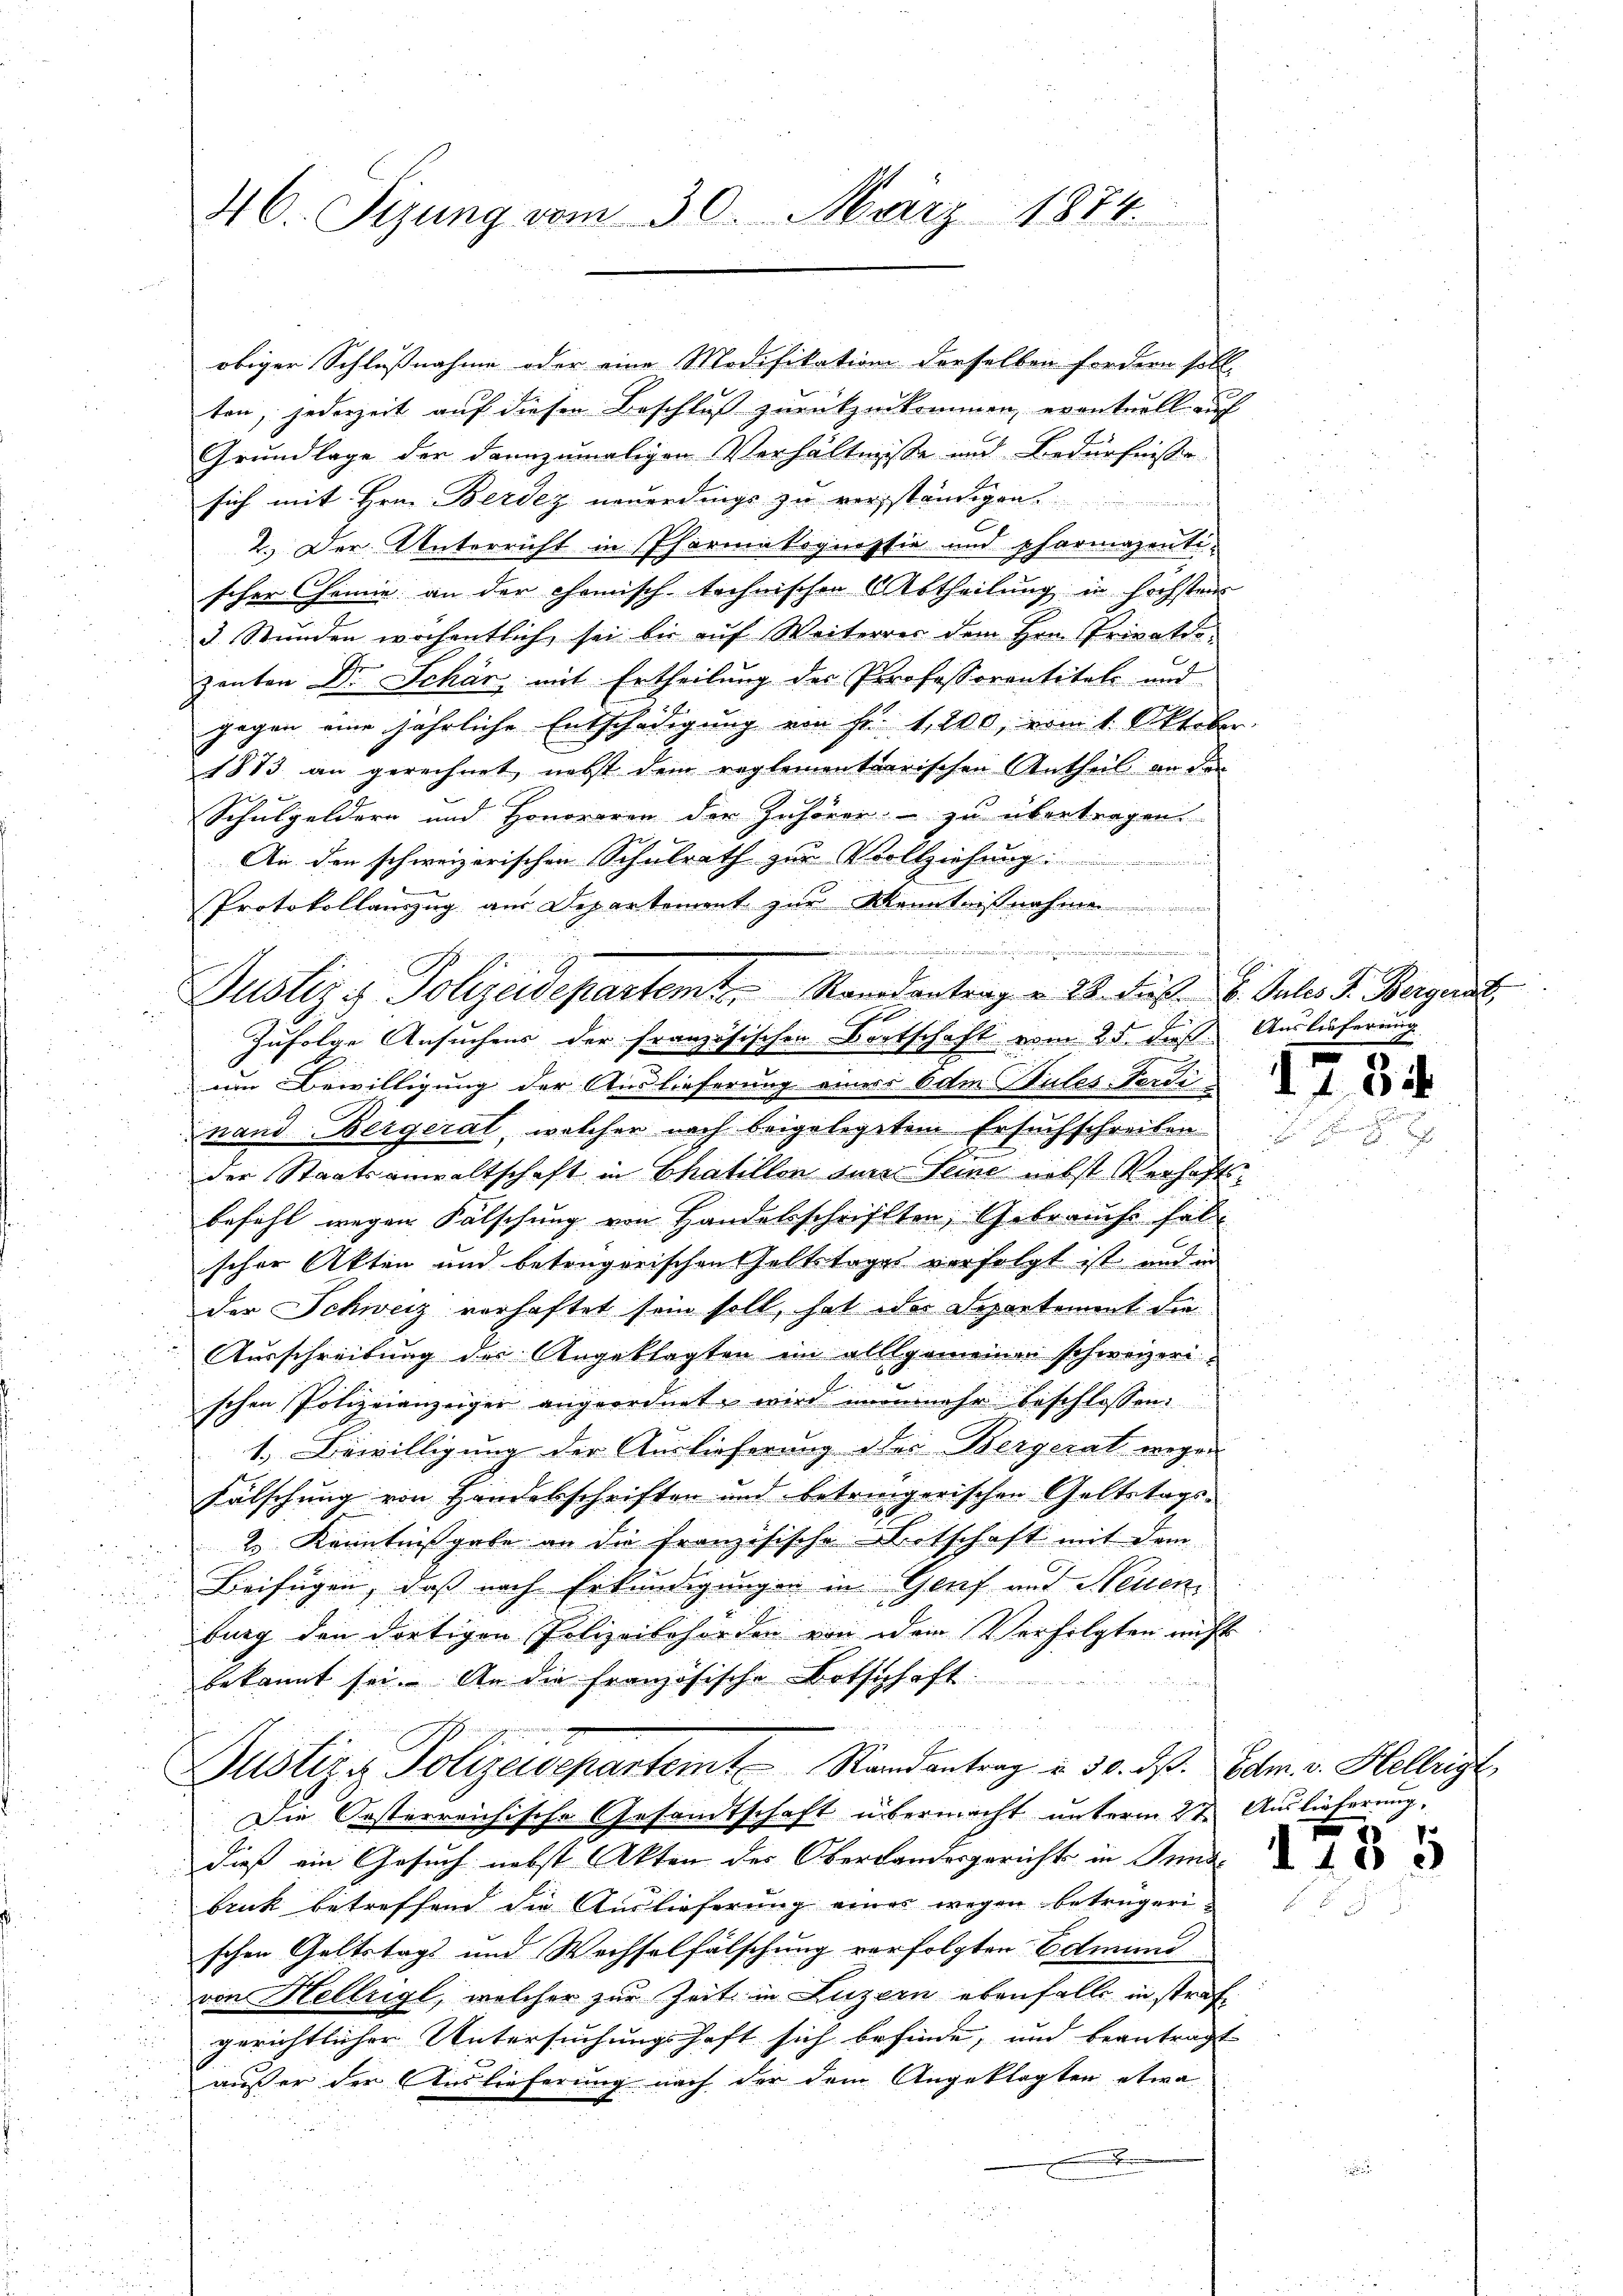
46. Sizung vom 30. März 1874.

obiger Schlußnahme oder eine Modifikation derselben fordern soll
ten, jederzeit auf diesen Beschluß zurückzukommen, eventuell auf
Grundlage der dannzumaligen Verhältnisse und Bedürfnissen
sich mit Hrn. Berdez neuerdings zu verständigen.
2. Der Unterricht in Pharmakognossia und pharmazenti-
scher Chemie an der chemisch-technischen Abtheilung in höchsten
3 Stunden wochentlich sei bis auf Weiterrer dem Hrn. Privatio
zenten Dr. Schär, mit Ertheilung des Professorentitel und
gegen eine jährliche Entschädigung von Fr. 1, 200, vom 1. Oktober
1873 an gerechnet, nebst dem reglementarischen Antheil an den
Schulgeldern und Honoraren der Zuhörer zu übertragen.
An den schweizerischen Schulrath zur Vollziehung:
Protokollauszug aus Departement zur Kenntnißnahmen
um Bewilligung der Auslieferung einer Adm. Sules-Terdi
nand Bergerat, welcher nach beigelegtem Ersuchschreiben
der Staatsanwaltschaft in Chaillon der Seine nebst Verhaftsbefehl wegen Fälschung von Handelsschriften Gebrauch habe
scher Akten und betrügerischen haltstages verfolgt ist und in
der Schweiz verhaftet sein soll, hat des Separtement die
Ausschreibung der Angeklagten im allgemeinen schweizerischen Polizeianzeiger angeordnet, wird nunmehr beschlossen:
1. Bewilligung der Auslieferung des Bergerat wegen
Fälschung von Handelschriften und betringerischen Geltstags¬
2 Kenntnißgabe an die französische Botschaft mit dem
Beifügen, daß nach Erkundigungen in Genf auf Seiten
burg den dortigen Polizeibehörden von dem Verfolgten nicht
bekannt sei. An die französische Botschaft
Justiz & Polizeidepartemt Randantrag v. 30. ds. Febr. v. Helligt
Die Oesterreichische Gesandtschaft übermacht unterm 2ten Auslieferung,
dieß ein Gesuch nebst Akten des Oberlandesgerichts in Sundbruck betreffend die Auslieferung eines wegen betrügerischen Geltstags und Wechselfälschung verfolgten Edmund
von Hellrigl, welcher zur Zeit in Luzern ebenfalls in strafe
gerichtlicher Untersuchungshaft sich befinde, und beantragt
außer der Auslieferung nach der dem Angeklagten etwa
d

t
Justiz in Polizeidepartemte Randantrag v. 2. Frk. 8. Julis S. Bergers.
Zufolge Ansuchens der französischen Bortschaft vom 25. dieß. Auslieferung

u

¬
u

1234

7

105